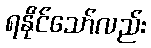
ရနိုင်သော်လည်း